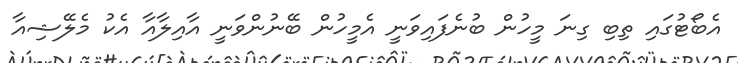
އެބޯޓުގައި ތިބި ގިނަ މީހުން ބުނެފައިވަނީ އެމީހުން ބޭނުންވަނީ އާއިލާއާ އެކު މެލޭޝިއާ